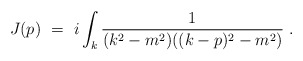
\begin{align*}J(p) ~=~ i \int_k \frac{1}{(k^2-m^2)((k-p)^2 - m^2)} ~.\end{align*}